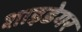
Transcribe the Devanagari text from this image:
शाइडेगर